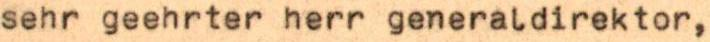
sehr geehrter herr generaldirektor,